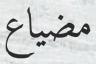
مضياع